Indian journal of veterinary science and animal husbandry - Volumes 22-23, 1952-1953
Year: 1952
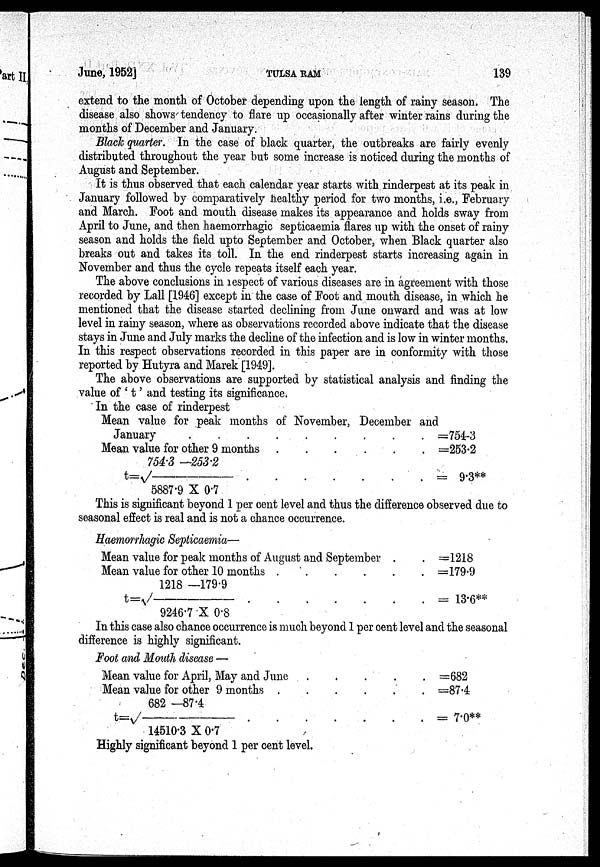
June, 1952]
TULSA
RAM
139
extend to the month of October depending upon the length of rainy season. The
disease also shows tendency to flare up occasionally after winter rains during the
months of December and January.
Black quarter. In the case of black quarter, the outbreaks are fairly evenly
distributed throughout the year but some increase is noticed during the months of
August and September.
It is thus observed that each calendar year starts with rinderpest at its peak in
January followed by comparatively healthy period for two months, i.e., February
and March. Foot and mouth disease makes its appearance and holds sway from
April to June, and then haemorrhagic septicaemia flares up with the onset of rainy
season and holds the field upto September and October, when Black quarter also
breaks out and takes its toll. In the end rinderpest starts increasing again in
November and thus the cycle repeats itself each year.
The above conclusions in respect of various diseases are in agreement with those
recorded by Lall [1946] except in the case of Foot and mouth disease, in which he
mentioned that the disease started declining from June onward and was at low
level in rainy season, where as observations recorded above indicate that the disease
stays in June and July marks the decline of the infection and is low in winter months.
In this respect observations recorded in this paper are in conformity with those
reported by Hutyra and Marek [1949].
The above observations are supported by statistical analysis and finding the
value of 't' and testing its significance.
In the case of rinderpest
Mean value for peak months of November, December and
January
Mean value for other 9 months . . . .
t =
√754.3
—253.2/5887.9
X
0.7
=754-3
=253.2
= 9.3**
This is significant beyond 1 per cent level and thus the difference observed due to
seasonal effect is real and is not a chance occurrence.
Haemorrhagic Septicaemia—
Mean value for peak months of August and September . .
Mean value for other 10 months . . . . .
t = √1218 —179.9/9246.7 X 0.8
=1218
=179.9
= 13.6**
In this case also chance occurrence is much beyond 1 per cent level and the seasonal
difference is highly significant.
Foot and Mouth disease —
Mean value for April, May and June
Mean value for other 9 months . . .
t
=
√682
—87.4/14510.3
X
0.7
=682
=87.4
= 7.0**
Highly significant beyond 1 per cent level.